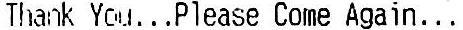
THANK YOU...PLEASE COME AGAIN...